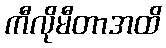
ကီလိုမီတာအထိ